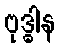
ဗုဒ္ဓါန